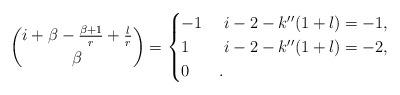
LaTeX: \begin{align*}\binom{i+\beta-\frac{\beta+1}r+\frac lr}\beta=\begin{cases}-1&\ i-2-k''(1+l)= -1,\cr1&\ i-2-k''(1+l)=-2,\cr0&.\end{cases}\end{align*}